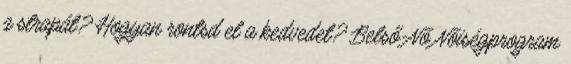
a strapát? Hogyan rontsd el a kedvedet? Belső-Nő Nőiségprogram